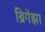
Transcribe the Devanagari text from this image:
ब्रिगेंझा